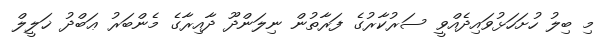
މި ބިލު ހުށަހަޅުވައިދެއްވީ ސަރުކާރުގެ ފަރާތުން ނިލަންދޫ ދާއިރާގެ މެންބަރު ޢަބްދު ޚަލީލް